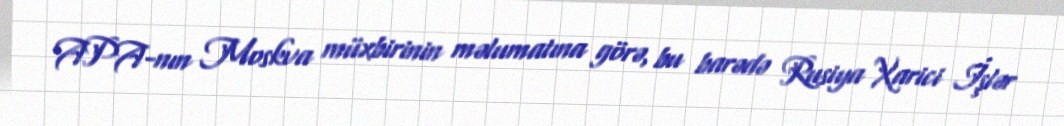
APA-nın Moskva müxbirinin məlumatına görə, bu barədə Rusiya Xarici İşlər